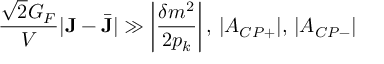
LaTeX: \frac { \sqrt { 2 } G _ { F } } { V } | { \bf J } - \bar { \bf J } | \gg \left| \frac { \delta m ^ { 2 } } { 2 p _ { k } } \right| , \, | A _ { C P + } | , \, | A _ { C P - } |